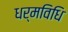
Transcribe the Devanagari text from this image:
धर्मविधि